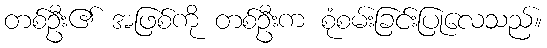
တစ်ဦး၏ အဖြစ်ကို တစ်ဦးက စုံစမ်းခြင်းပြုလေသည်။